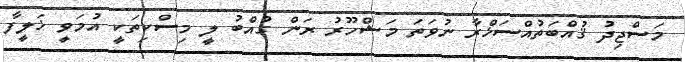
މަސްޖިދު ޤުއްބަތުއްސަޚްރާ ނުވަތަ މަޝްހޫރު ރަން ގުއްބު ލީ މިސްކިތަކީ އުމަވީ ޚަލީފާ